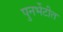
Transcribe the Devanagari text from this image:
पुनर्भेटीत